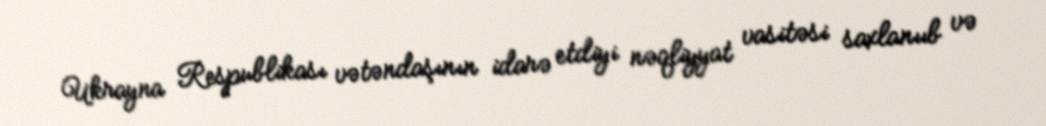
Ukrayna Respublikası vətəndaşının idarə etdiyi nəqliyyat vasitəsi saxlanııb və